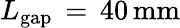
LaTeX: L_{\mathrm{{gap}}}\, =\, 40\, \mathrm{{mm}}